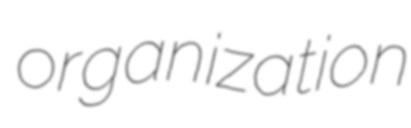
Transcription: organization